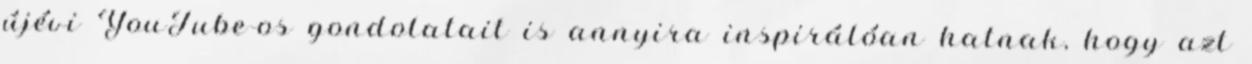
újévi YouTube-os gondolatait is annyira inspirálóan hatnak, hogy azt